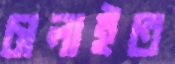
চালাইত